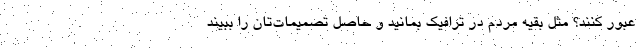
عبور کنند؟ مثل بقیه مردم در ترافیک بمانید و حاصل تصمیمات‌تان را ببیند